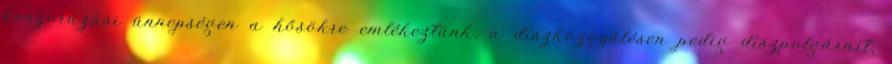
koszorúzási ünnepségen a hősökre emlékeztünk, a díszközgyűlésen pedig díszpolgárait,